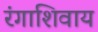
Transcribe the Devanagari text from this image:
रंगाशिवाय